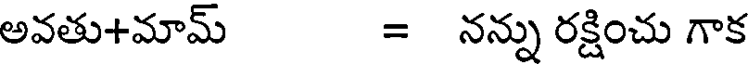
అవతు+మామ్ = నన్ను రక్షించు గాక